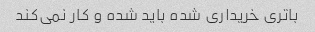
باتری خریداری شده باید شده و کار نمی‌کند